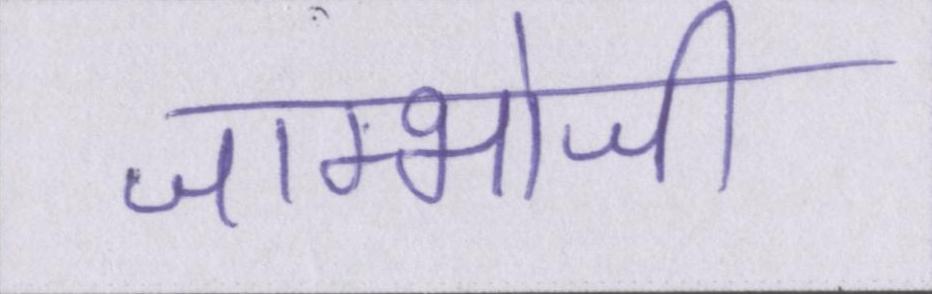
जाम्भोजी